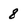
Character: 8